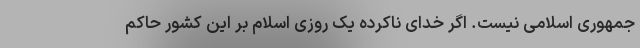
جمهوری اسلامی نیست. اگر خدای ناکرده یک روزی اسلام بر این کشور حاکم